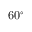
6 0 ^ { \circ }